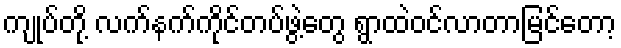
ကျုပ်တို့ လက်နက်ကိုင်တပ်ဖွဲ့တွေ ရွာထဲဝင်လာတာမြင်တော့